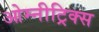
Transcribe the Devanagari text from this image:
ओम्नीट्रिक्स